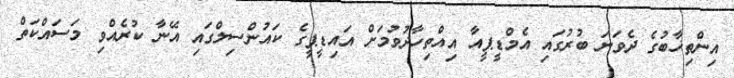
އިންތިޚާބުގެ ދެވަނަ ބުރުގައި އެމްޑީޕީއާ އިއްތިހާދުވުމަށް އައިޑީޕީގެ ކައުންސިލްގައި އޭނާ ކުރެއްވި މަސައްކަތް